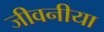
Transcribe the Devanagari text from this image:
जीवनीया